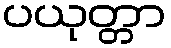
ပယုတ္တာ